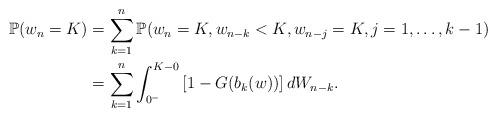
LaTeX: \begin{align*}\mathbb{P}(w_n = K) &= \sum_{k=1}^{n} \mathbb{P}(w_n = K, w_{n-k} < K, w_{n-j} = K, j = 1, \ldots , k-1)\\ & = \sum_{k=1}^{n} \int_{0^-}^{K-0} \left[ 1 - G(b_k(w)) \right]dW_{n-k}.\end{align*}